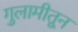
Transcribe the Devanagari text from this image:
गुलामीतून